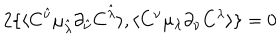
2 \{ \langle { C } ^ { \hat { \nu } } \mu _ { \hat { \lambda } } \partial _ { \hat { \nu } } { C } ^ { \hat { \lambda } } \rangle , \langle { C } ^ { \nu } \mu _ { \lambda } \partial _ { \nu } { C } ^ { \lambda } \rangle \} = 0